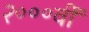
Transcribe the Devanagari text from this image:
२०००वीं